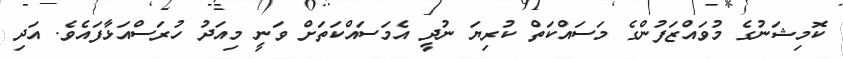
ކޮމިޝަނުގެ މުވައްޒަފުންގެ މަސައްކަތް ކުރިޔަ ނުދީ އެމަސައްކަތަށް ވަނީ މިއަދު ހުރަސްއަޅާފައެވެ. އަދި